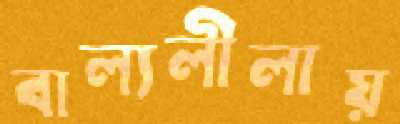
বাল্যলীলায়